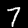
Digit: 7